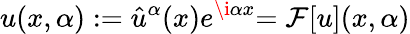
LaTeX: u(x,\alpha):={\hat{u}}^{\alpha}(x)e^{\i\alpha x}{=\mathcal{F}[u](x,\alpha)}